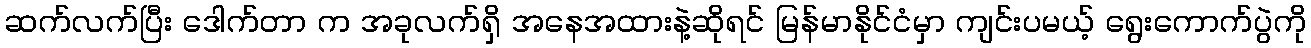
ဆက်လက်ပြီး ဒေါက်တာ က အခုလက်ရှိ အနေအထားနဲ့ဆိုရင် မြန်မာနိုင်ငံမှာ ကျင်းပမယ့် ရွေးကောက်ပွဲကို